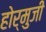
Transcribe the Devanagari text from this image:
होर्मुजी